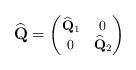
LaTeX: \begin{align*}\widehat{\mathbf{Q}}=\begin{footnotesize}\begin{pmatrix}\widehat{\mathbf{Q}}_1&0\\0&\widehat{\mathbf{Q}}_2\end{pmatrix}\end{footnotesize}\end{align*}